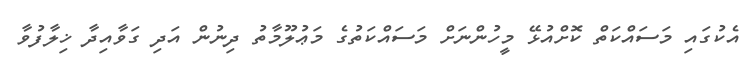
އެކުގައި މަސައްކަތް ކޮށްއުޅޭ މީހުންނަށް މަސައްކަތުގެ މަޢުލޫމާތު ދިނުން އަދި ގަވާއިދާ ޚިލާފުވާ